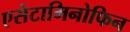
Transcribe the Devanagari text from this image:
एसेटामिनोफिन